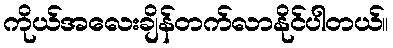
ကိုယ်အလေးချိန်တက်လာနိုင်ပါတယ်။